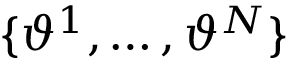
\{ \vartheta ^ { 1 } , \hdots , \vartheta ^ { N } \}